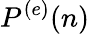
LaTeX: P^{(e)}(n)